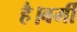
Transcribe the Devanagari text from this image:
है।बर्मी